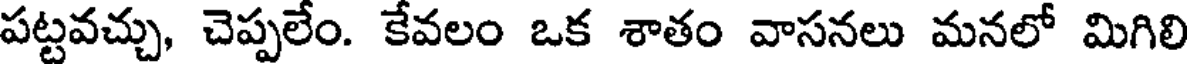
పట్టవచ్చు, చెప్పలేం. కేవలం ఒక శాతం వాసనలు మనలో మిగిలి